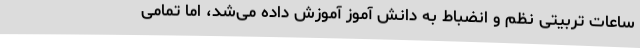
ساعات تربیتی نظم و انضباط به دانش آموز آموزش داده می‌شد، اما تمامی